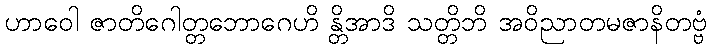
ဟာဝေါ ဇာတိဂေါတ္တဘောဂေဟိ န္တိအာဒိ သတ္တိဘိ အဝိညာတမဇာနိတဗ္ဗံ